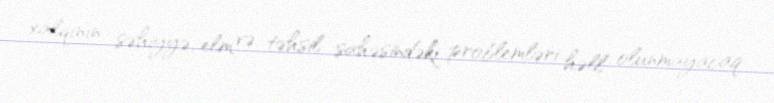
xalqının səhiyyə, elm və təhsil sahəsindəki problemləri həll olunmayacaq: